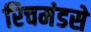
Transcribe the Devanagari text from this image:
रिचमंडसे